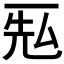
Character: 𰀐